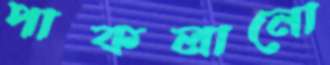
পাকলানো